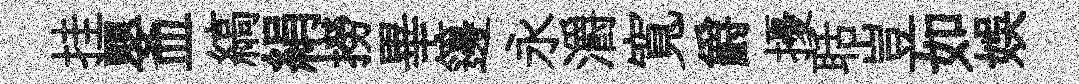
挂嬰皿縞絹撈畢籩永灂寬爵擾聒豈如娱